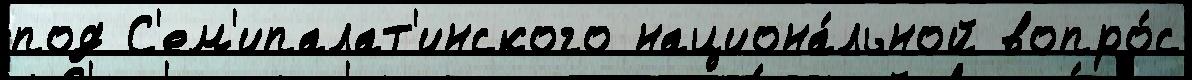
под С'ем'ипалат'инского национа́льной вопро́с